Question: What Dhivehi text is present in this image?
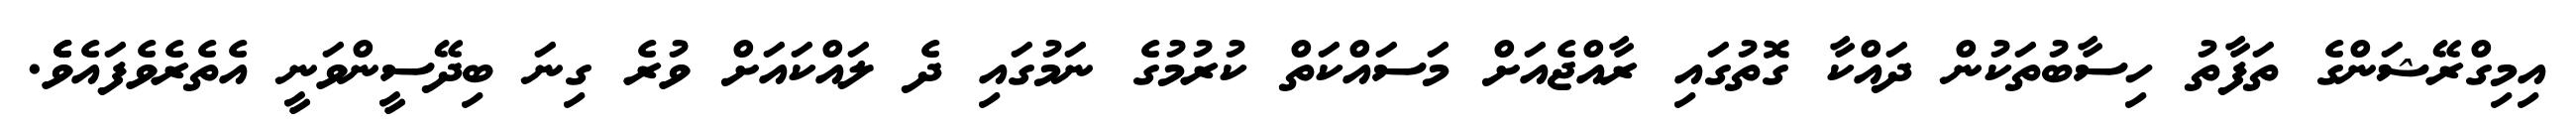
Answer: އިމިގްރޭޝަންގެ ތަފާތު ހިސާބުތަކުން ދައްކާ ގޮތުގައި ރާއްޖެއަށް މަސައްކަތް ކުރުމުގެ ނަމުގައި ދެ ލައްކައަށް ވުރެ ގިނަ ބިދޭސީންވަނީ އެތެރެވެފައެވެެ.